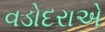
વડોદરાએ